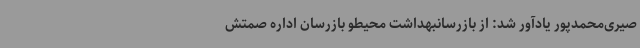
صیری‌محمدپور یادآور شد: از بازرسانبهداشت محیطو بازرسان اداره صمتش